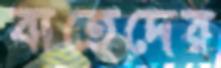
বাহেদের